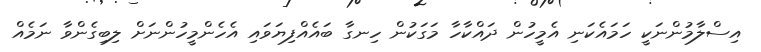
އިސްލާމުންނަކީ ހަމައެކަނި އެމީހުން ދައްކާހާ މަގަކުން ހިނގާ ބައެއްފިޔަވައި އެހެންމީހުންނަށް ލިބިގެންވާ ނަމެއް